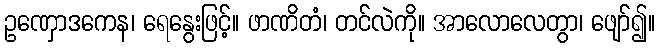
ဥဏှောဒကေန၊ ရေနွေးဖြင့်။ ဖာဏိတံ၊ တင်လဲကို။ အာလောလေတွာ၊ ဖျော်၍။